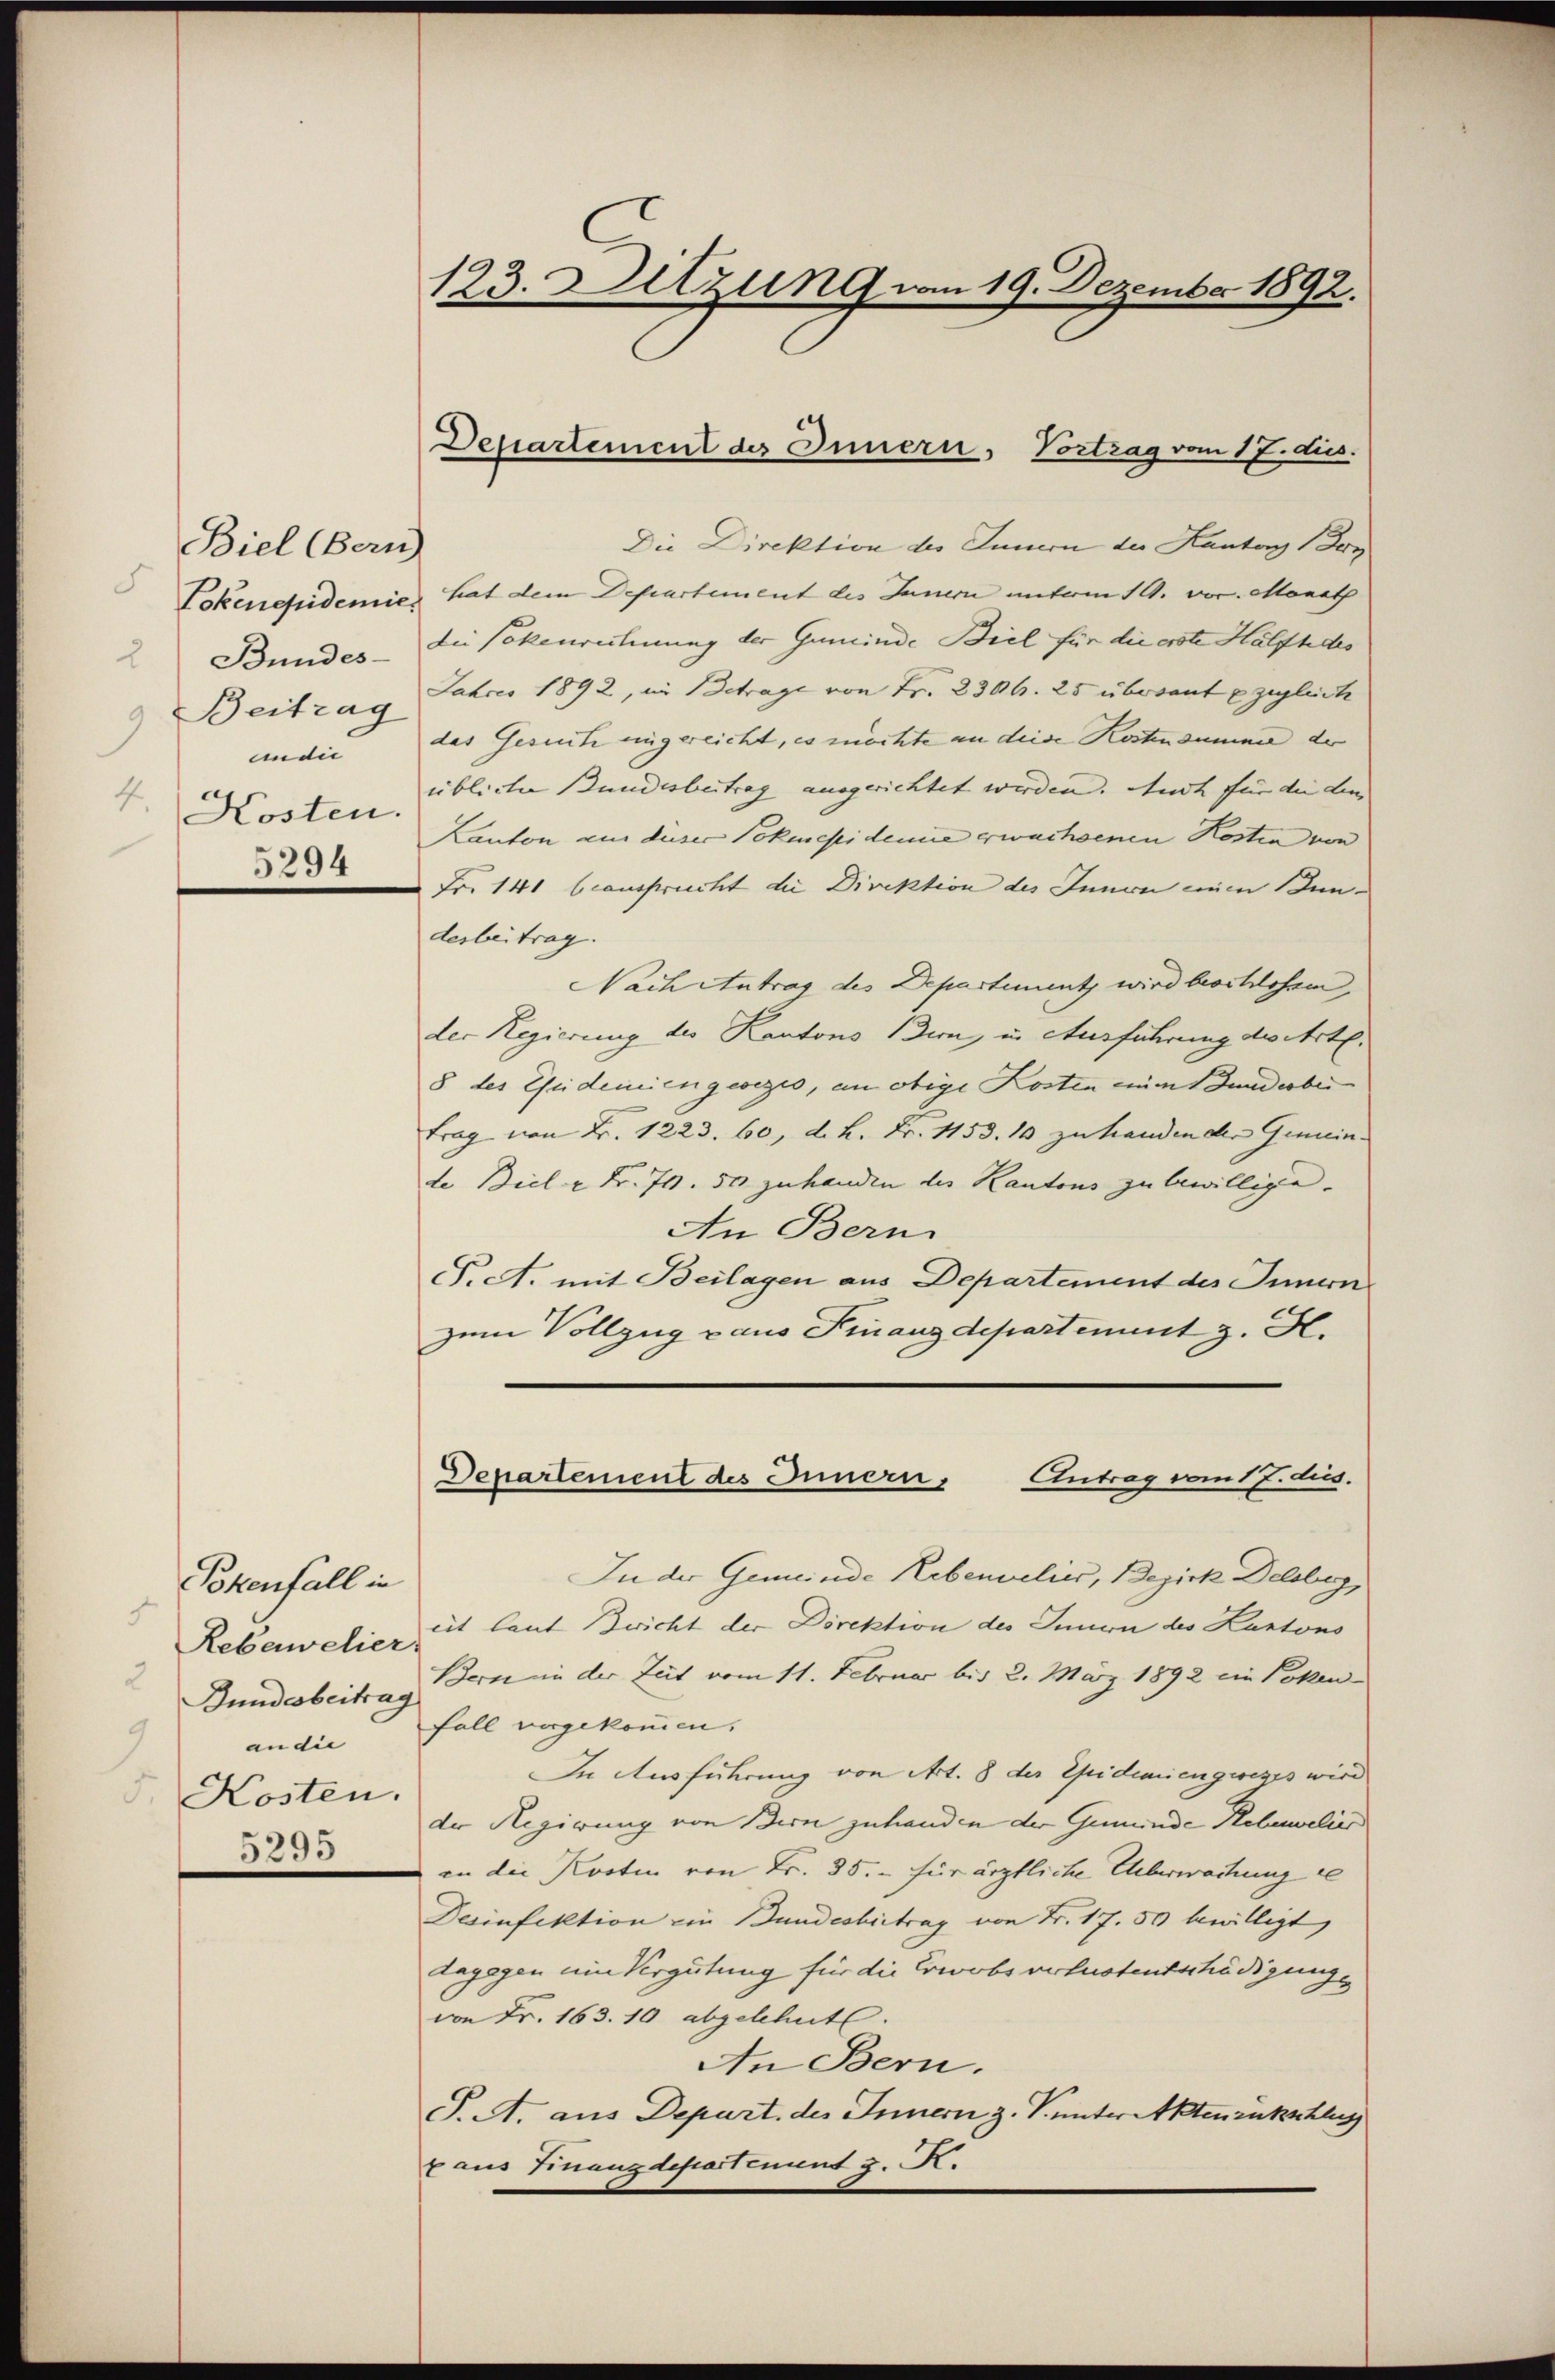
Biel (Bern)
5
2 Bundes-
9
mdie
4.
Kosten.
5294

Pokenfall in
.
Rebawelier
2
9 an die
5. Kosten.
5295

123. Ditzung vom 19. Dezember 1892.

Departement des Innern, Vortrag vom 17. dus.

Die Direktion des Innern der Kantag 1 Jan
Tokenefidemie hat dem Departement des Innern unterm 19. vor. Monath
die Sokenrechnung der Gemeinde Biel für die erste Hälfhdes
Beitrag Jahres 1892, im Betrage von Fr. 2306. 25 überant zuglich
das Gesuch eingereicht, es möchte an deine Kostensumme der
übliche Bundesbeitrag ausgerichtet werden. Auch für die dem
Kanton aus dieser Pokmepidemie erwachsenen Kosten von
Fr. 141 beansprucht die Direktion des Innen einen Bunderbeitrag.
Nach Antrag des Departement wird beschlossen,
der Regierung des Kantons Bern, in Ausführung des Art.
8 des Weidemien gesezes, en obige Kosten einen Bunderber
trag von Fr. 1223. 60, d. K. Fr. 1153. 10 zu handen der Gemein-
de Biel u Fr. 70. 500 zuhanden des Kantons zu bewillige.
An Bern
S. A. mit Beilagen aus Departement des Innern
zum Vollzug aus Finanzdepartement z. H.
Departement des Innern, Antrag vom 17. ds.
In der Gemeinde Rebenvelier, Bezirk Delsberg,
eit laut Bericht der Direktion des Innern des Kantons
Bundesbeitrag dern in der Zeit vom 11. Februar bis 2. März 1892 ein Poken-
Fall vorgekommen.
In Ausführung von Art. 8 der Epidemiengweges wird
der Regierung von Bern zuhanden der Gemeinde Rebenwelie
an die Kosten von Fr. 35.- für ärztliche Überwachung de
Desinfektion ein Bundesbirtrag von Fr. 17. 50 bewilligt
dagegen ein Vergütung für die Erwobsverlustentschädigungs
von Fr. 163. 10 abgelehnt.
An Bern.
P. A. aus Depart. des Innern z. V. unter Aktenzukschlus
7 aus Finanzdepartenunt z. R.